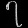
Digit: ၇